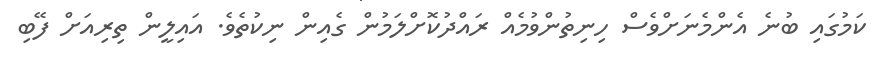
ކަމުގައި ބުނެ އެންމެނަށްވެސް ހިނިތުންވުމެއް ރައްދުކޮށްލަމުން ގެއިން ނިކުތެވެ. އައިލީން ތިރިއަށް ފޭބި